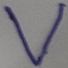
Text: V